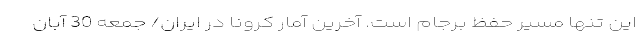
این تنها مسیر حفظ برجام است. آخرین آمار کرونا در ایران/ جمعه 30 آبان